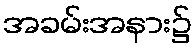
အခမ်းအနား၌